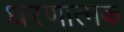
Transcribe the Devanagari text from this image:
धरणात्मक